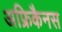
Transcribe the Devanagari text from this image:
अफ्रिकैनस